65_HS1-834228961_62-HQ-83894_Serial_220
Agency: FBI
Page 3
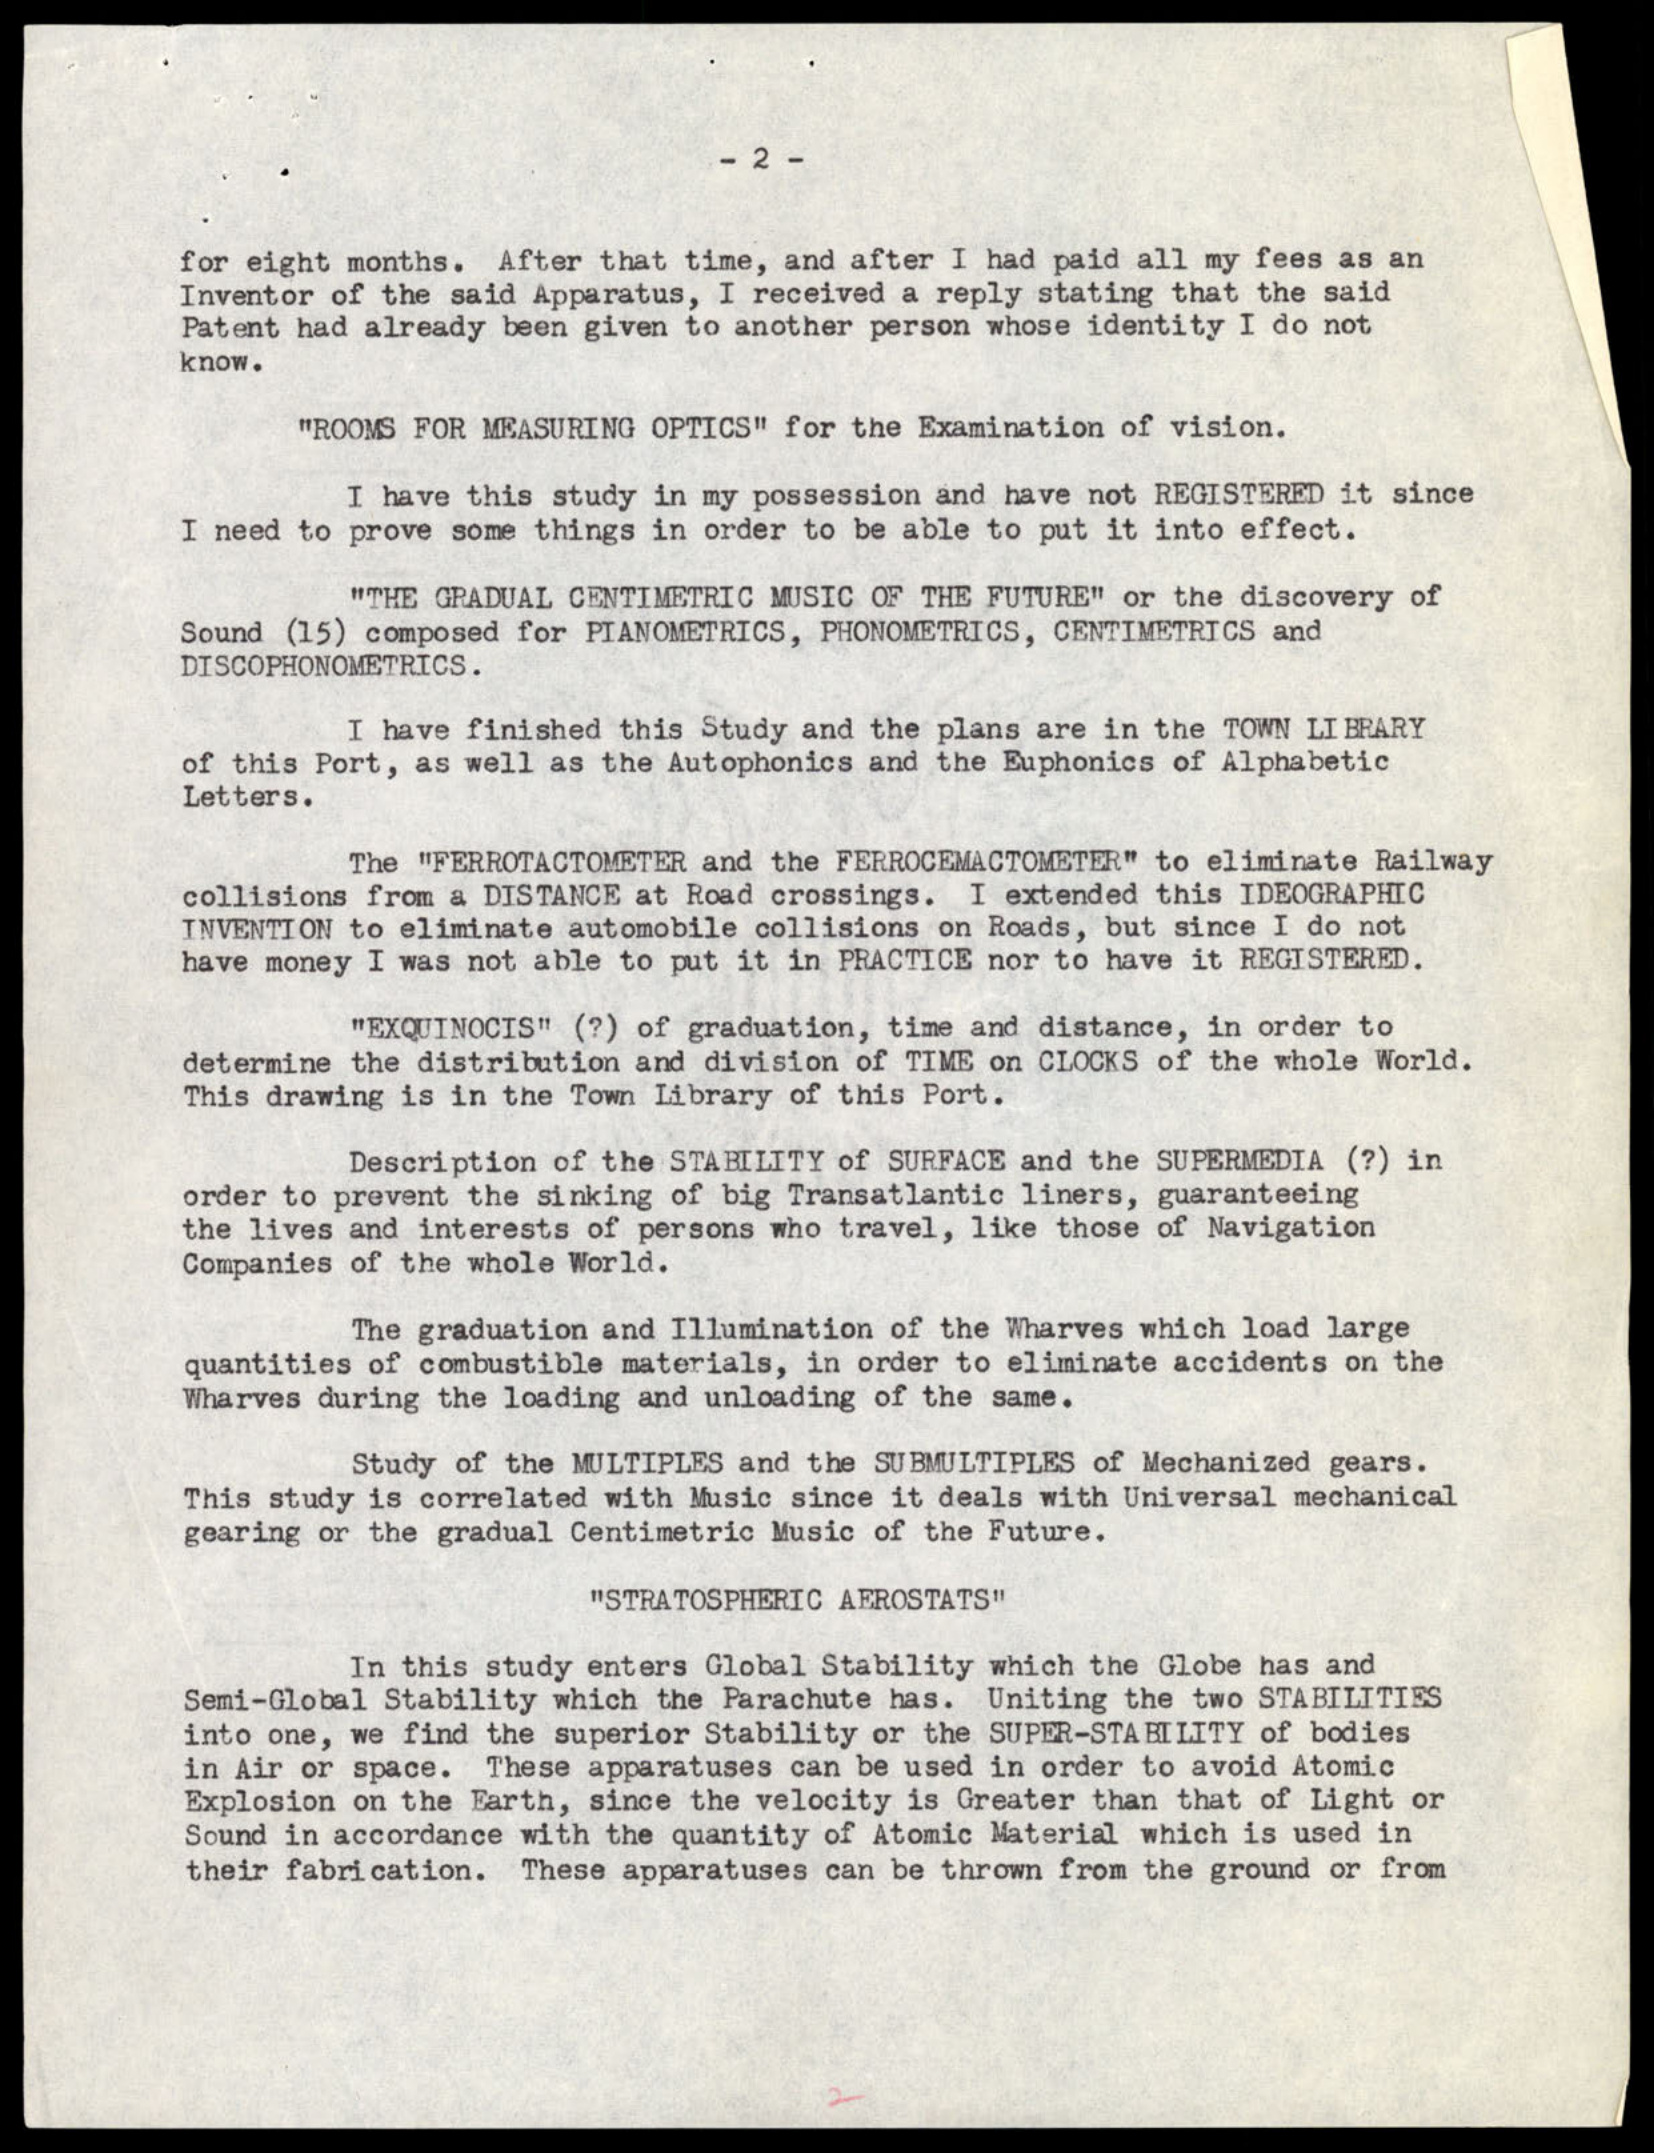